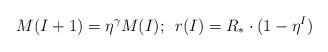
LaTeX: \begin{align*} M(I+1)=\eta^{\gamma}M(I);\,\,\, r(I)=R_*\cdot(1-\eta^{I})\end{align*}